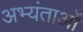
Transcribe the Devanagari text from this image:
अभ्यंताओं